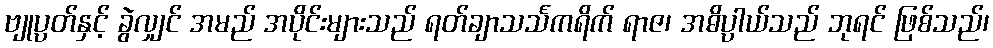
ဗျုပ္ပတ်နှင့် ခွဲလျှင် အမည် အပိုင်းများသည် ရတ်ချာသင်္သကရိက် ရာဇ၊ အဓိပ္ပာယ်သည် ဘုရင် ဖြစ်သည်၊